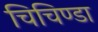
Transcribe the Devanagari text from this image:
चिचिण्डा